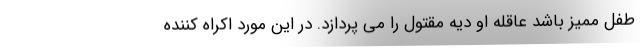
طفل ممیز باشد عاقله او دیه مقتول را می پردازد. در این مورد اکراه کننده